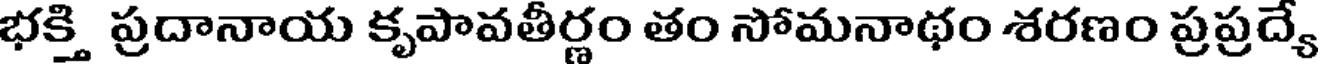
భక్తి ప్రదానాయ కృపావతీర్ణం తం సోమనాథం శరణం ప్రప్రద్యే